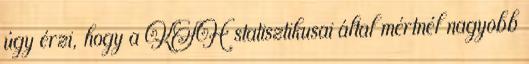
úgy érzi, hogy a KSH statisztikusai által mértnél nagyobb